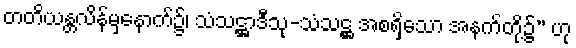
တတိယန္တလိန်မှနောက်၌၊ သံသဋ္ဌာဒီသု-သံသဋ္ဌ အစရှိသော အနက်တို့၌” ဟု